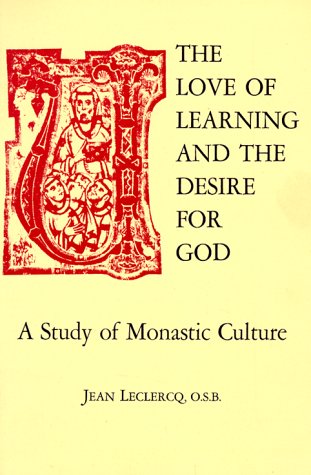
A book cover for The Love of Learning and The Desire for God: A Study of Monastic Culture; Jean Leclercq; Christian Books & Bibles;